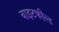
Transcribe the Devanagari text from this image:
वाइटफील्ड